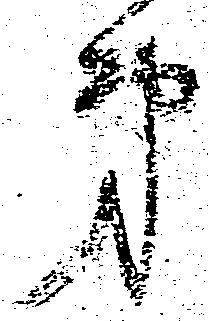
第